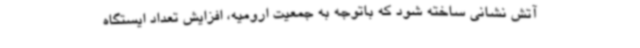
آتش نشانی ساخته شود که باتوجه به جمعیت ارومیه، افزایش تعداد ایستگاه